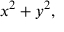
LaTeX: x ^ { 2 } + y ^ { 2 } ,